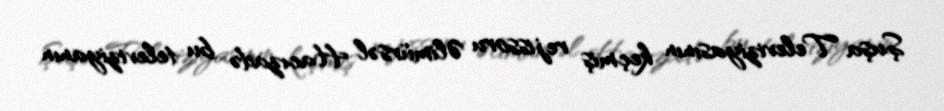
Şuşa Televiziyasının keçmiş rejissoru Əlimürsəl Hacızadə bu televiziyanın